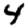
Digit: 4